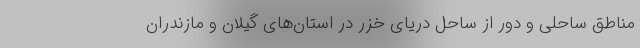
مناطق ساحلی و دور از ساحل دریای خزر در استان‌های گیلان و مازندران